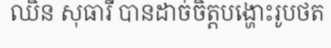
ឈិន សុធារី បានដាច់ចិត្តបង្ហោះរូបថត